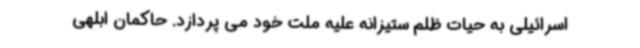
اسرائیلی به حیات ظلم ستیزانه علیه ملت خود می پردازد. حاکمان ابلهی